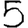
Digit: 5